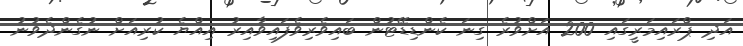
އަދި ޕްރައިމަރީގައި 200 އަށްވުރެ ގިނަ ކެންޑިޑޭޓުން ބައިވެރިވެފައިވާއިރު އިއްޔެ ކުރިއަށް ނުގެންދެވުނު